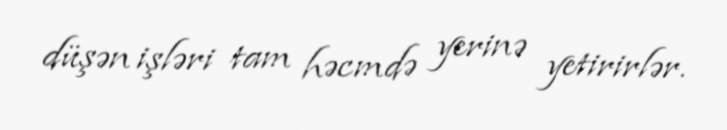
düşən işləri tam həcmdə yerinə yetirirlər.